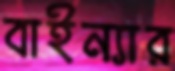
বাইন্যার